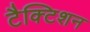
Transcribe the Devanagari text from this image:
टैक्टिशन